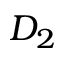
D _ { 2 }